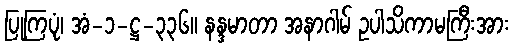
ပြုကြပုံ၊ အံ-၁-ဋ္ဌ-၃၃၆။ နန္ဒမာတာ အနာဂါမ် ဥပါသိကာမကြီးအား